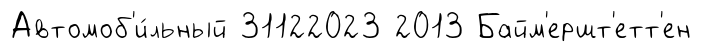
Автомоб'и́льный 31122023 2013 Байм'ершт'етт'ен